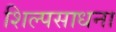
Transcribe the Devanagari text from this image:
शिल्पसाधना